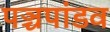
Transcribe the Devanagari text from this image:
पञ्चपांडव